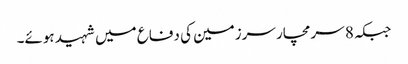
جبکہ 8 سرمچار سرزمین کی دفاع میں شہید ہوئے۔